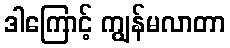
ဒါကြောင့် ကျွန်မလာတာ